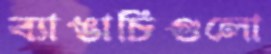
ব্যাঙাচিগুলো